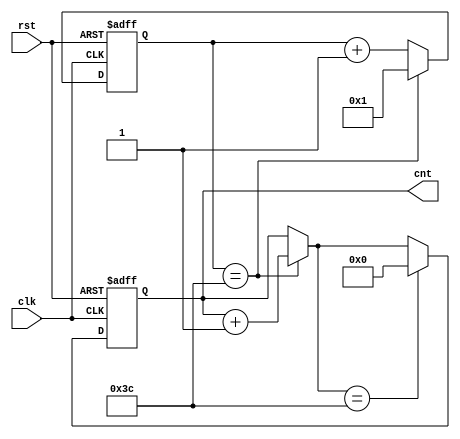
module repeat6060 (clk,rst,cnt);
input clk,rst;
output [5:0] cnt;

reg [5:0] cnt, internal_cnt;
wire [5:0] b1,b2,b3,b4,b5;



always @(posedge clk or posedge rst)
begin
	if (rst)	internal_cnt <= 1;
	else		internal_cnt <= b2;
end

///internal counter
assign b1 = internal_cnt + 6'd1;
assign s1 = (internal_cnt == 6'd60);
assign b2 = s1?6'd1:b1;

//actual counter
assign b3 = cnt + 6'd1;
assign b4 = s1?b3:cnt;
assign s2 = b4==6'd60;
assign b5 = s2?6'd0:b4;

always @(posedge clk or posedge rst)
begin
	if(rst)	cnt <= 0;
	else		cnt <= b5;
end


endmodule